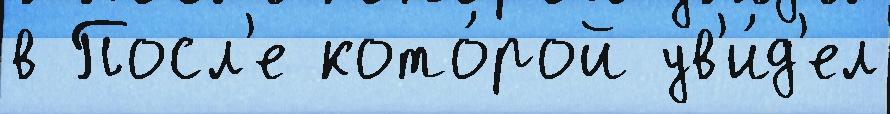
в Посл'е кото́рой ув'и́д'ел